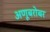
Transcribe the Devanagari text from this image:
अणूबरोबर